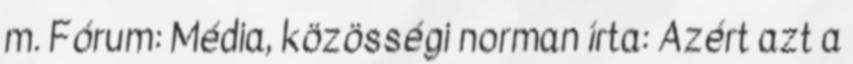
m. Fórum: Média, közösségi norman írta: Azért azt a